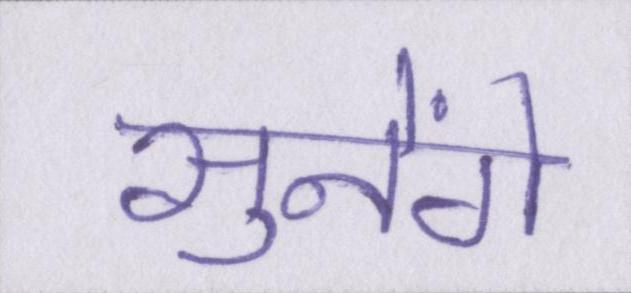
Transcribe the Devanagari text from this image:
सुनेंगे